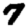
Digit: 7